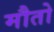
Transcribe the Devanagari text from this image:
मौतो